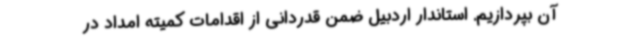
آن بپردازیم. استاندار اردبیل ضمن قدردانی از اقدامات کمیته امداد در